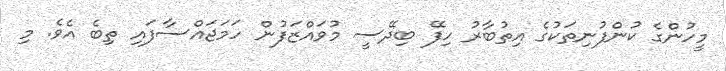
މީހުންގެ ކުންފުނިތަކުގެ އިތުބާރު ހިފޭ ބިދޭސީ މުވައްޒަފުން ހަމަޖައްސާފައި ތިބެ އެވެ. މި